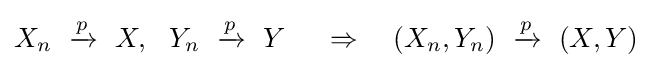
X_{n}\ \xrightarrow {p} \ X,\ \ Y_{n}\ \xrightarrow {p} \ Y\ \quad \Rightarrow \quad (X_{n},Y_{n})\ \xrightarrow {p} \ (X,Y)